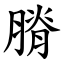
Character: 膌